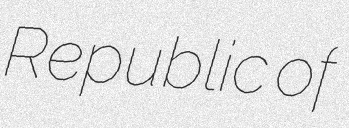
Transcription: Republic of